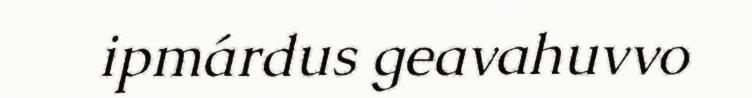
ipmárdus geavahuvvo